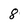
Character: 8